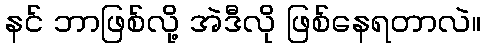
နင် ဘာဖြစ်လို့ အဲဒီလို ဖြစ်နေရတာလဲ။